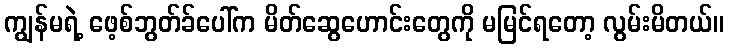
ကျွန်မရဲ့ ဖေ့စ်ဘွတ်ခ်ပေါ်က မိတ်ဆွေဟောင်းတွေကို မမြင်ရတော့ လွမ်းမိတယ်။